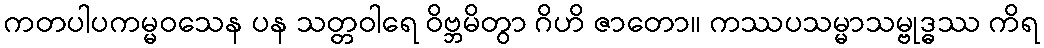
ကတပါပကမ္မဝသေန ပန သတ္တဝါရေ ဝိဗ္ဘမိတွာ ဂိဟိ ဇာတော။ ကဿပသမ္မာသမ္ဗုဒ္ဓဿ ကိရ